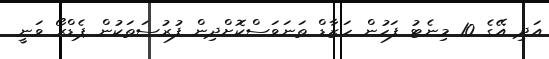
އަދި އޭގެ 10 މިނެޓު ފަހުން ހަޒާޑް ތަނަވަސްކޮށްދިން ފުރުސަތަކުން ޕެޑްރޯ ވަނީ